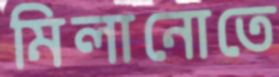
মিলানোতে